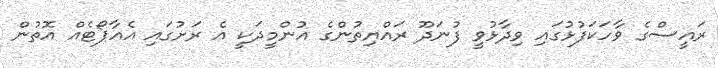
ރައީސްގެ ވާހަކަފުޅުގައި ވިދާޅުވީ ފުނަދޫ ރައްޔިތުންގެ އުންމީދަކީ އެ ރަށުގައި އެއާޕޯޓެއް އޮތުން